Source: Handwritten
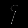
Digit: ၄ (4)